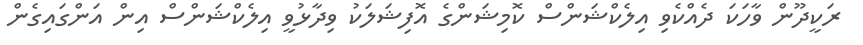
ރަކީދޫން ވާހަކަ ދެއްކެވި އިލެކްޝަންސް ކޮމިޝަންގެ އޮފިޝަލަކު ވިދާޅުވީ އިލެކްޝަންސް އިން އަންގައިގެން